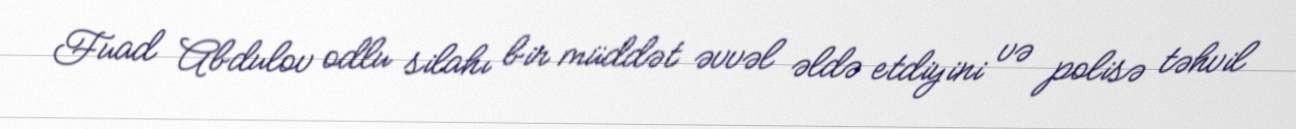
Fuad Abdulov odlu silahı bir müddət əvvəl əldə etdiyini və polisə təhvil